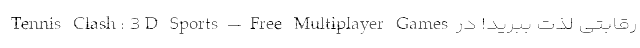
رقابتی لذت ببرید! در Tennis Clash: 3D Sports – Free Multiplayer Games